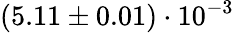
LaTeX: (5.11\pm 0.01)\cdot 10^{-3}